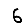
Digit: 6